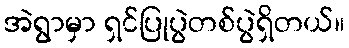
အဲရွာမှာ ရှင်ပြုပွဲတစ်ပွဲရှိတယ်။